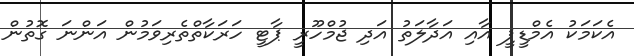
އެކަމަކު އެމްޑީޕީ އާއި އަދާލަތު އަދި ޖުމްހޫރީ ޕާޓީ ހަރަކާތްތެރިވަމުން އަންނަ ގޮތުން